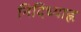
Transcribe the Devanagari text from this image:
निदिध्याह्न